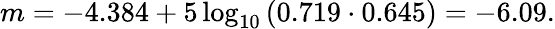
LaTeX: m=-4.384+5\log_{10}{\left(0.719\cdot 0.645\right)}=-6.09.